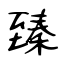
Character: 臻